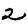
Digit: 2